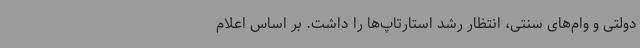
دولتی و وام‌های سنتی، انتظار رشد استارتاپ‌ها را داشت. بر اساس اعلام